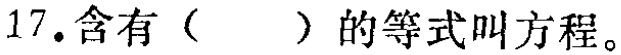
17.含有（  ）的等式叫方程。